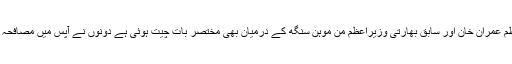
وزیراعظم عمران خان اور سابق بھارتی وزیراعظم من موہن سنگھ کے درمیان بھی مختصر بات چیت ہوئی ہے دونوں نے آپس میں مصافحہ بھی کیا۔